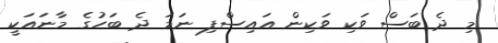
މި ދެ ބަސް ވަކި ވަކިން އައިސްފި ނަމަ ދެ ބަހުގެ މާނައަކީ